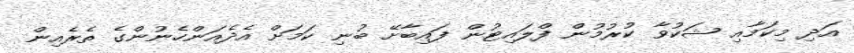
އަދި މިކަމާއި ޝަކުވާ ކުރުމުން ފްލައިޓުން ފައިބާށޭ ބުނި ކަމަށް އެދެއަންހެނުންގެ ތެރެއިން